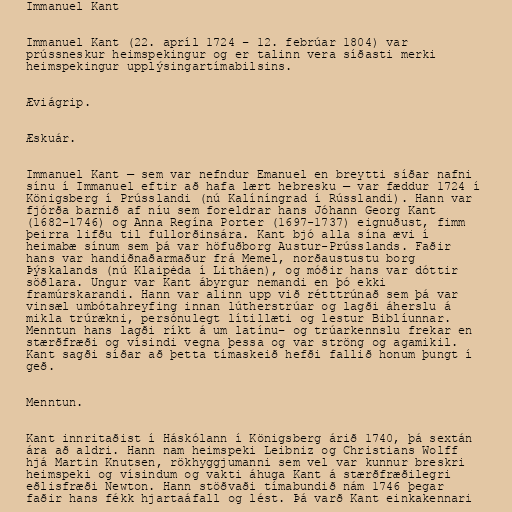
Immanuel Kant

Immanuel Kant (22. apríl 1724 – 12. febrúar 1804) var
prússneskur heimspekingur og er talinn vera síðasti merki
heimspekingur upplýsingartímabilsins.

Æviágrip.

Æskuár.

Immanuel Kant — sem var nefndur Emanuel en breytti síðar nafni
sínu í Immanuel eftir að hafa lært hebresku — var fæddur 1724 í
Königsberg í Prússlandi (nú Kalíníngrad í Rússlandi). Hann var
fjórða barnið af níu sem foreldrar hans Jóhann Georg Kant
(1682-1746) og Anna Regína Porter (1697-1737) eignuðust, fimm
þeirra lifðu til fullorðinsára. Kant bjó alla sína ævi í
heimabæ sínum sem þá var höfuðborg Austur-Prússlands. Faðir
hans var handiðnaðarmaður frá Memel, norðaustustu borg
Þýskalands (nú Klaipėda í Litháen), og móðir hans var dóttir
söðlara. Ungur var Kant ábyrgur nemandi en þó ekki
framúrskarandi. Hann var alinn upp við rétttrúnað sem þá var
vinsæl umbótahreyfing innan lútherstrúar og lagði áherslu á
mikla trúrækni, persónulegt lítillæti og lestur Biblíunnar.
Menntun hans lagði ríkt á um latínu– og trúarkennslu frekar en
stærðfræði og vísindi vegna þessa og var ströng og agamikil.
Kant sagði síðar að þetta tímaskeið hefði fallið honum þungt í
geð.

Menntun.

Kant innritaðist í Háskólann í Königsberg árið 1740, þá sextán
ára að aldri. Hann nam heimspeki Leibniz og Christians Wolff
hjá Martin Knutsen, rökhyggjumanni sem vel var kunnur breskri
heimspeki og vísindum og vakti áhuga Kant á stærðfræðilegri
eðlisfræði Newton. Hann stöðvaði tímabundið nám 1746 þegar
faðir hans fékk hjartaáfall og lést. Þá varð Kant einkakennari